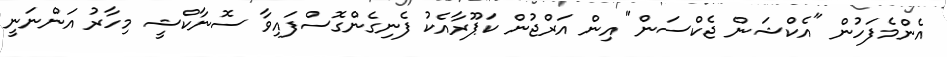
އެންމެފަހުން "އެކްޝަން ޖެކްސަން" އިން އަރްޖުން ކަޕޫރާއެކު ފެނިގެންގޮސްފައިވާ ސޮނާކްޝީ މިހާރު އަންނަނީ